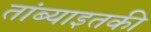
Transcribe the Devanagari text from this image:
तांब्याइतकी